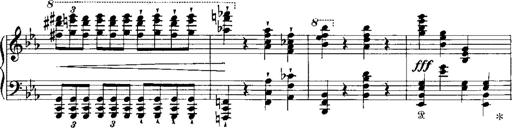
Title: RÃ©miniscences de Norma de Bellini
Composer: Franz Liszt